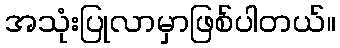
အသုံးပြုလာမှာဖြစ်ပါတယ်။